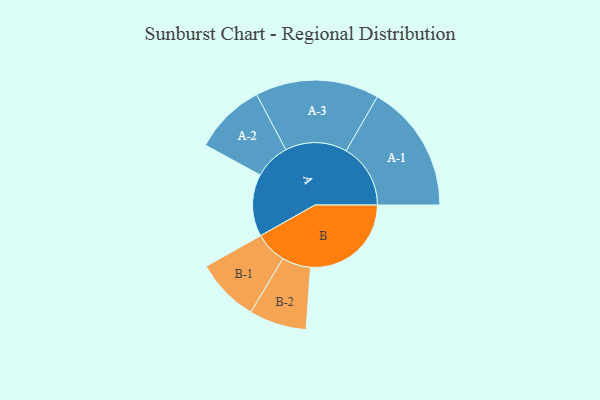
{"axis": {"x": "Segment", "y": "Value"}, "legend": ["", "A", "B"], "data": [{"x": "A", "y": 227, "type": ""}, {"x": "B", "y": 368, "type": ""}, {"x": "A-1", "y": 235, "type": "A"}, {"x": "A-2", "y": 131, "type": "A"}, {"x": "A-3", "y": 226, "type": "A"}, {"x": "B-1", "y": 116, "type": "B"}, {"x": "B-2", "y": 105, "type": "B"}]}